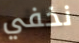
نخفي